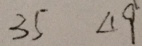
3 5 \Delta 9